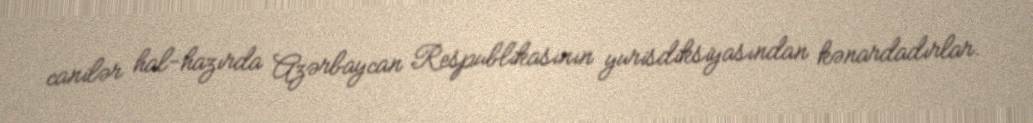
canilər hal-hazırda Azərbaycan Respublikasının yurisdiksiyasından kənardadırlar.